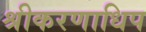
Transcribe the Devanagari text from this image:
श्रीकरणाधिप